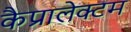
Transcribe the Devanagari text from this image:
कैप्रालेक्टम